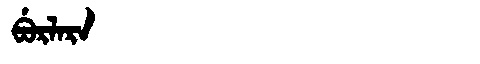
Manchu: ᠪᡠᡵᠯᠠᡵᠠ
Romanization: BURLARA